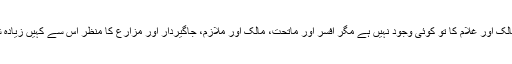
ہمارے ہاں مالک اور غلام کا تو کوئی وجود نہیں ہے مگر افسر اور ماتحت، مالک اور ملازم، جاگیردار اور مزارع کا منظر اس سے کہیں زیادہ شرمناک ہے۔